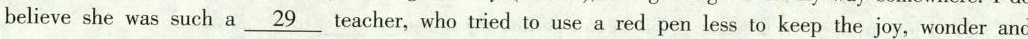
believe she was such a \underline{29} teacher, who tried to use a red pen less to keep the joy, wonder and